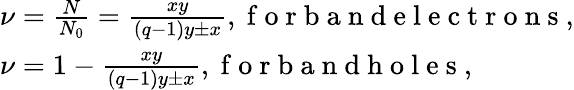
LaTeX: \begin{array}{l}{\nu=\frac{N}{N_{0}}=\frac{xy}{(q-1)y\pm x},\mathrm{~f~o~r~b~a~n~d~e~l~e~c~t~r~o~n~s~},}\\ {\nu=1-\frac{xy}{(q-1)y\pm x},\mathrm{~f~o~r~b~a~n~d~h~o~l~e~s~},}\end{array}